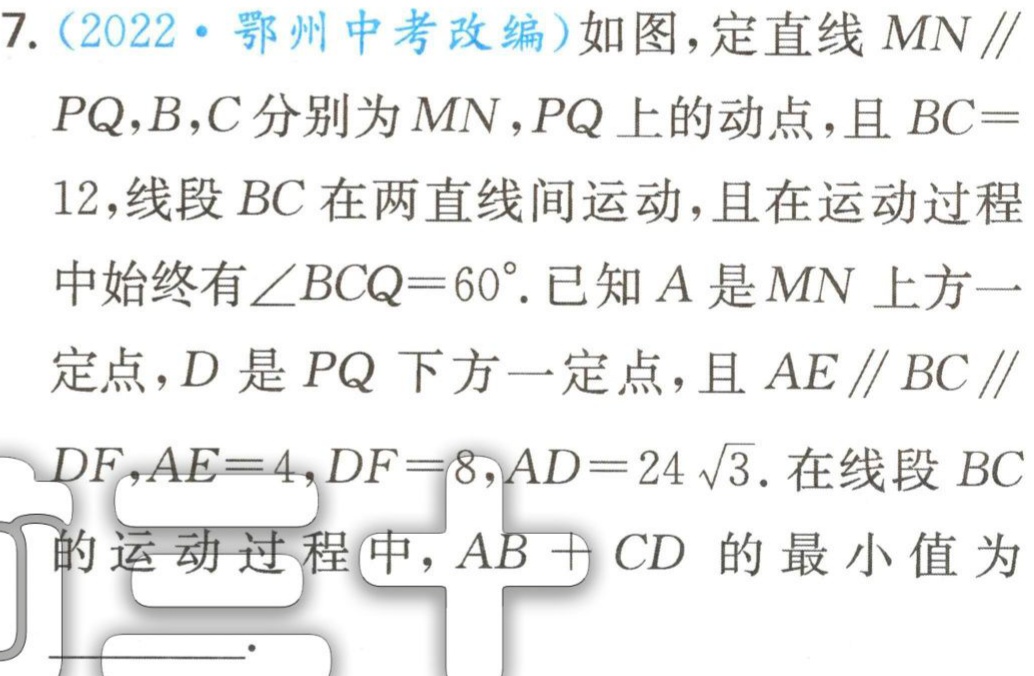
7.（2022·鄂州中考改编）如图，定直线 \(MN\parallel PQ\)，\(B\)，\(C\) 分别为 \(MN\)，\(PQ\) 上的动点，且 \(BC = 12\)，线段 \(BC\) 在两直线间运动，且在运动过程中始终有 \(\angle BCQ = 60^{\circ}\). 已知 \(A\) 是 \(MN\) 上方一定点，\(D\) 是 \(PQ\) 下方一定点，且 \(AE\parallel BC\parallel DF\)，\(AE = 4\)，\(DF = 8\)，\(AD = 24\sqrt{3}\). 在线段 \(BC\) 的运动过程中，\(AB + CD\) 的最小值为___.